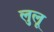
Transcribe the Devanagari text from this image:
लुलू